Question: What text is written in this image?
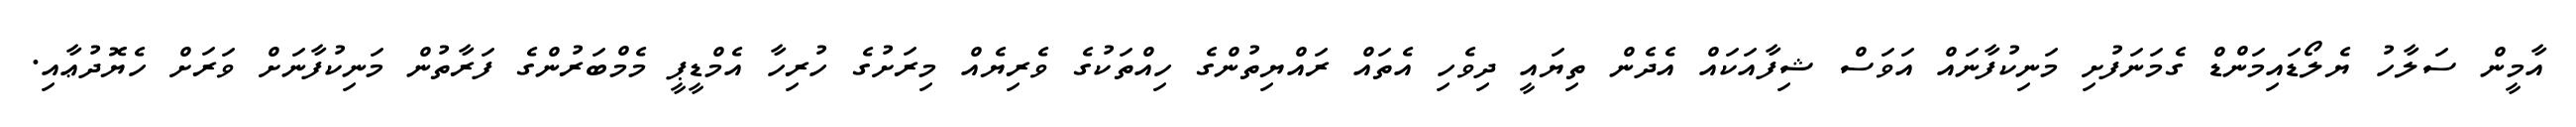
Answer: އާމީން ސަލާހު ޔެލޯޑައިމަންޑް ގެމަނަފުށި މަނިކުފާނައް އަވަސް ޝިފާއަކައް އެދެން ތިޔައީ ދިވެހި އެތައް ރައްޔިތުންގެ ހިއްތަކުގެ ވެރިޔެއް މިރަށުގެ ހުރިހާ އެމްޑީޕީ މެމްބަރުންގެ ފަރާތުން މަނިކުފާނަށް ވަރަށް ހެޔޮދުޢާއި.